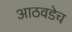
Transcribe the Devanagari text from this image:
आठवडेच